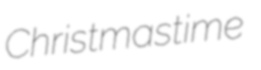
Christmastime